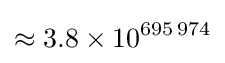
\approx 3.8\times 10^{695\,974}